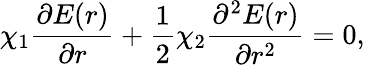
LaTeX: \chi_{1}\frac{\partial E(r)}{\partial r}+\frac{1}{2}\chi_{2}\frac{\partial^{2}E(r)}{\partial r^{2}}=0,